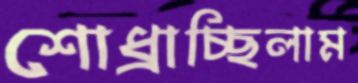
শোধ্‌রাচ্ছিলাম